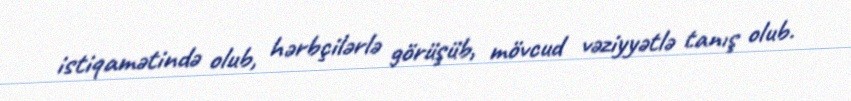
istiqamətində olub, hərbçilərlə görüşüb, mövcud vəziyyətlə tanış olub.